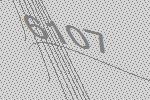
6107